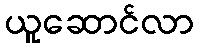
ယူဆောင်လာ